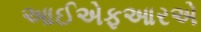
આઈએફઆરએ